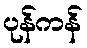
ပုန်ကန်